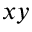
x y